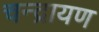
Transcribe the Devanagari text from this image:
चन्द्रायण